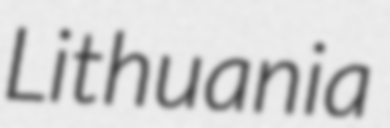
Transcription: Lithuania